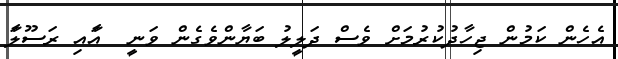
އެހެން ކަމުން ޖިހާދުކުރުމަށް ވެސް ދަލީލު ބަޔާންވެގެން ވަނީ  އަާއި ރަސޫލަާ